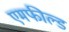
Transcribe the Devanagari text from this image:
एमफील्ड